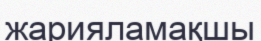
жарияламақшы